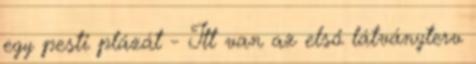
egy pesti plázát - Itt van az első látványterv